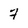
Character: 7